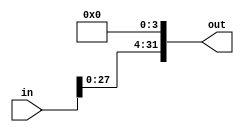
module leftshift4bit(in, out);

	/* Takes in a 32-bit number and always shifts it left 4. To be used in barrel shifter
		for other possible shift amounts */

	input[31:0] in; // input data
	output[31:0] out; // shifted output data
	
	genvar i;
	
	or or1(out[0], 1'b0, 1'b0);
	or or2(out[1], 1'b0, 1'b0);
	or or3(out[2], 1'b0, 1'b0);
	or or4(out[3], 1'b0, 1'b0);
	
	generate
		for (i = 4; i <= 31; i = i + 1) begin: loop1
			or ori(out[i], in[i-4], 1'b0);
		end
	endgenerate

endmodule